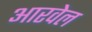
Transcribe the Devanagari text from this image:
आरवेल